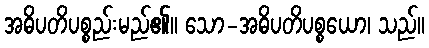
အဓိပတိပစ္စည်းမည်၏။ သော-အဓိပတိပစ္စယော၊ သည်။